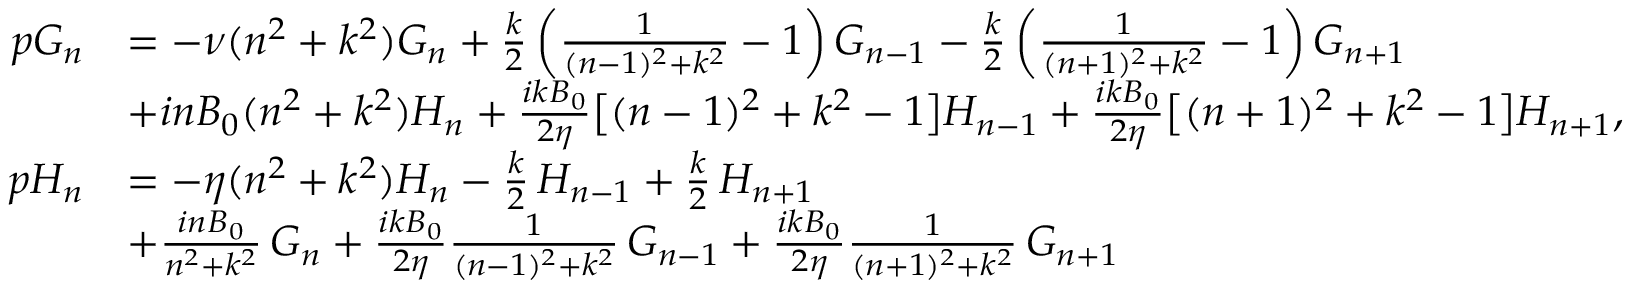
\begin{array} { r l } { p G _ { n } } & { = - \nu ( n ^ { 2 } + k ^ { 2 } ) G _ { n } + \frac { k } { 2 } \left( \frac { 1 } { ( n - 1 ) ^ { 2 } + k ^ { 2 } } - 1 \right) G _ { n - 1 } - \frac { k } { 2 } \left( \frac { 1 } { ( n + 1 ) ^ { 2 } + k ^ { 2 } } - 1 \right) G _ { n + 1 } } \\ & { + i n B _ { 0 } ( n ^ { 2 } + k ^ { 2 } ) H _ { n } + \frac { i k B _ { 0 } } { 2 \eta } \bigl [ ( n - 1 ) ^ { 2 } + k ^ { 2 } - 1 \bigr ] H _ { n - 1 } + \frac { i k B _ { 0 } } { 2 \eta } \bigl [ ( n + 1 ) ^ { 2 } + k ^ { 2 } - 1 \bigr ] H _ { n + 1 } , } \\ { p H _ { n } } & { = - \eta ( n ^ { 2 } + k ^ { 2 } ) H _ { n } - \frac { k } { 2 } \, H _ { n - 1 } + \frac { k } { 2 } \, H _ { n + 1 } } \\ & { + \frac { i n B _ { 0 } } { n ^ { 2 } + k ^ { 2 } } \, G _ { n } + \frac { i k B _ { 0 } } { 2 \eta } \frac { 1 } { ( n - 1 ) ^ { 2 } + k ^ { 2 } } \, G _ { n - 1 } + \frac { i k B _ { 0 } } { 2 \eta } \frac { 1 } { ( n + 1 ) ^ { 2 } + k ^ { 2 } } \, G _ { n + 1 } } \end{array}